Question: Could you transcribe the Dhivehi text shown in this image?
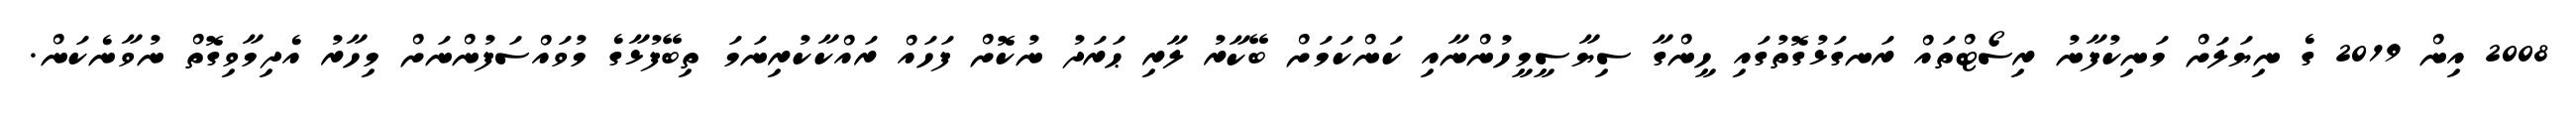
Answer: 2008 އިން 2019 ގެ ނިޔަލަށް މަނިކުފާނު ރިސޯޓްތައް ރަނގަޅުގޮތުގައި ހީންގާ ސިޔާސީމީހުންނާއި ކަންކަމަށް ބޭކާރު ލާރި ޙަރަދު ނުކޮށް ފަހައް ރައްކާކުރިނަމަ ތިބޭފުޅާގެ މުވައްސަފުންނަށް މިހާރު އެދިމާވިގޮތް ނުވާނެކަން.